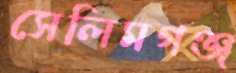
সেলিমগঞ্জ